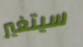
سيتغير